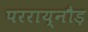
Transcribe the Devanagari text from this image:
परराय्नौड़